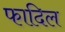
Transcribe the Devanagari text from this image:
फादिल